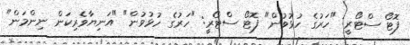
ފޮޓޯ ސްޓޯރީ: "ހަރުގެ ހުޅުވުން" ފޮޓޯ ސްޓޯރީ: "ހަރުގެ ހުޅުވުން" "އަނިޔާވެރިކަން ނިންމަން"